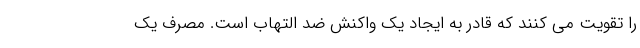
را تقویت می کنند که قادر به ایجاد یک واکنش ضد التهاب است. مصرف یک